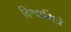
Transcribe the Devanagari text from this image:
विश्वामित्रे